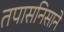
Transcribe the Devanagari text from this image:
तपासनिसाने